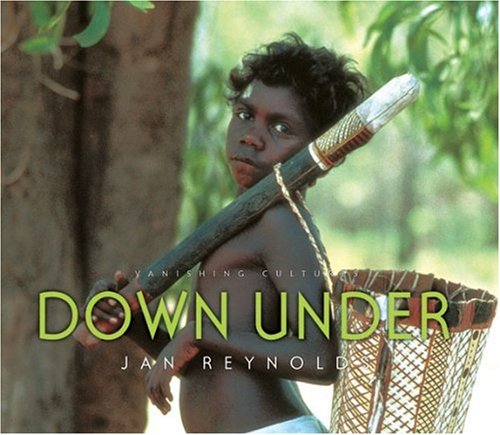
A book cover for Vanishing Cultures: Down Under; Jan Reynolds; Children's Books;